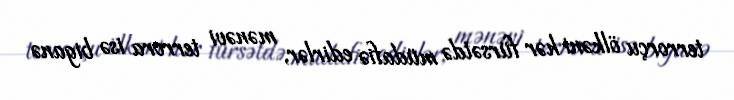
terrorçu ölkəni hər fürsətdə müdafiə edirlər, mənəvi terrora isə biganə